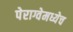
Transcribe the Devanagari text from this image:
पेराग्वेमध्येच